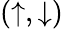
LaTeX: (\uparrow,\downarrow)